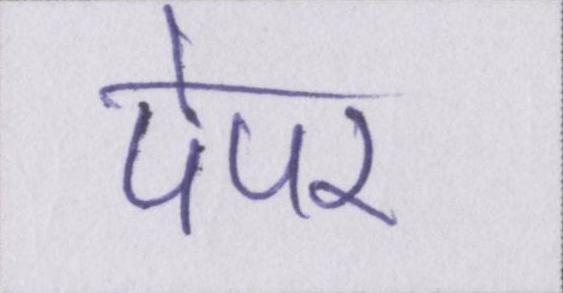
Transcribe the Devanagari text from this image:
पेपर